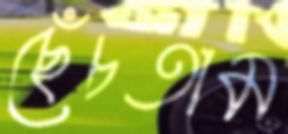
ছেঁচতাম